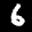
Label: 6